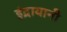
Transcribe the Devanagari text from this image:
इंद्रायानी